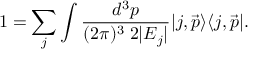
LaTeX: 1 = \sum _ { j } \int \frac { d ^ { 3 } p } { ( 2 \pi ) ^ { 3 } \; 2 | E _ { j } | } | j , \vec { p } \rangle \langle j , \vec { p } | .